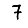
Digit: 7